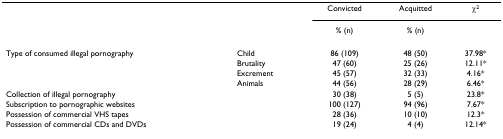
|  |  | Convicted | Acquitted | χ2 |
 |  |  | % (n) | % (n) |  |
 | --- | --- | --- | --- | --- |
 | Type of consumed illegal pornography | Child | 86 (109) | 48 (50) | 37.98* |
 |  | Brutality | 47 (60) | 25 (26) | 12.11* |
 |  | Excrement | 45 (57) | 32 (33) | 4.16* |
 |  | Animals | 44 (56) | 28 (29) | 6.46* |
 | <COLSPAN=2> Collection of illegal pornography | 30 (38) | 5 (5) | 23.8* |
 | <COLSPAN=2> Subscription to pornographic websites | 100 (127) | 94 (96) | 7.67* |
 | <COLSPAN=2> Possession of commercial VHS tapes | 28 (36) | 10 (10) | 12.3* |
 | <COLSPAN=2> Possession of commercial CDs and DVDs | 19 (24) | 4 (4) | 12.14* |